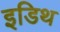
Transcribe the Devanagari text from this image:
इडिथ